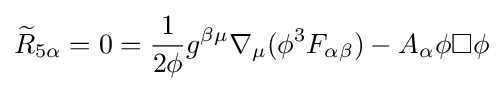
{\widetilde {R}}_{5\alpha }=0={\frac {1}{2\phi }}g^{\beta \mu }\nabla _{\mu }(\phi ^{3}F_{\alpha \beta })-A_{\alpha }\phi \Box \phi